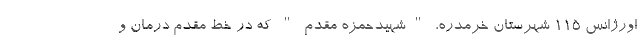
اورژانس ۱۱۵ شهرستان خرمدره، "شهیدحمزه مقدم " که در خط مقدم درمان و